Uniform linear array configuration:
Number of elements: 64
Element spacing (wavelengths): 1
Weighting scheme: hamming
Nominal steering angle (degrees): -60
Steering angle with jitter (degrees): -59.803
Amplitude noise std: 0.05
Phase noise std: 0.05

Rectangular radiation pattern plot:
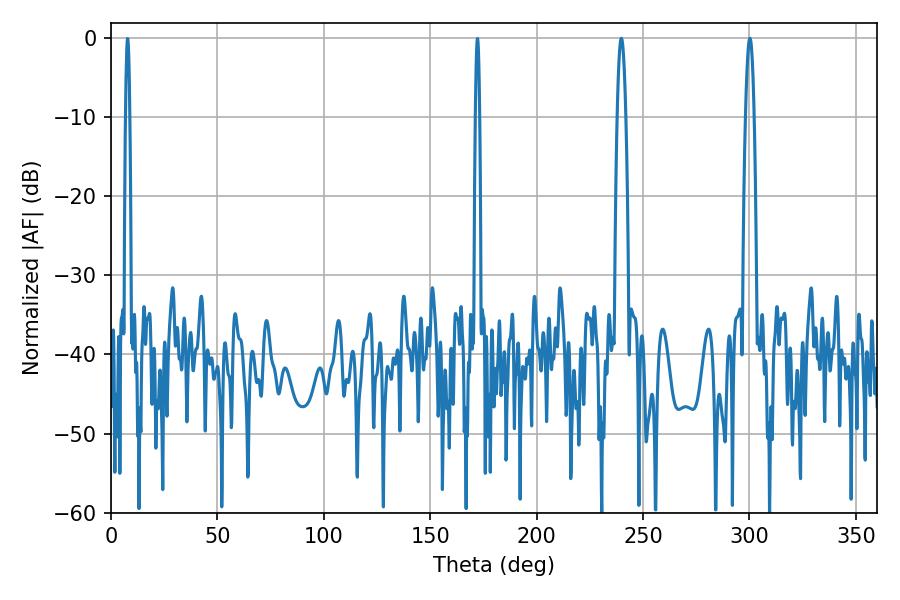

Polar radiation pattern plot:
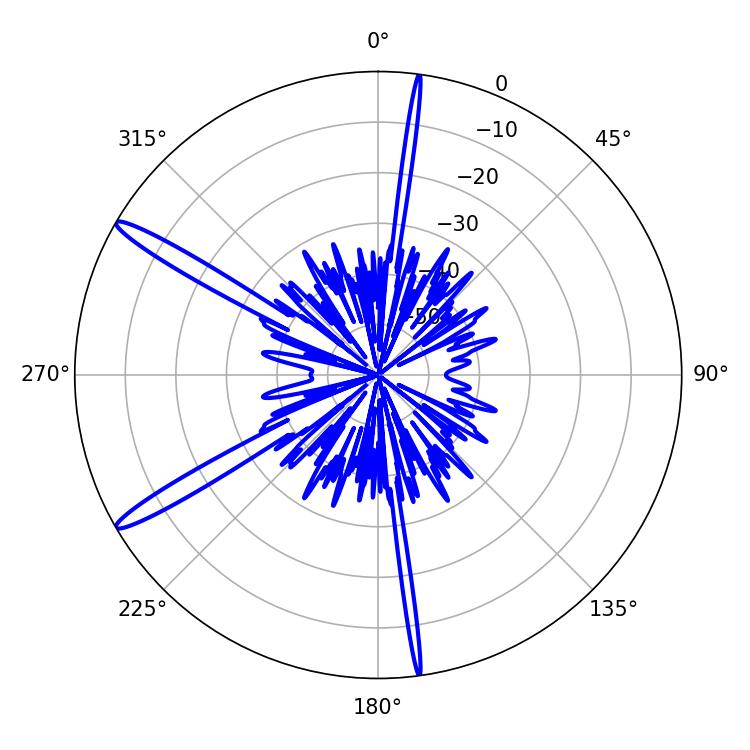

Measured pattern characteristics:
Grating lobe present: TRUE
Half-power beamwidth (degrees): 2.16
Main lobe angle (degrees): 300.24